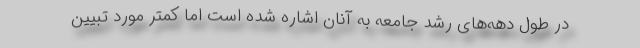
در طول دهه‌های رشد جامعه به آنان اشاره شده است اما کمتر مورد تبیین